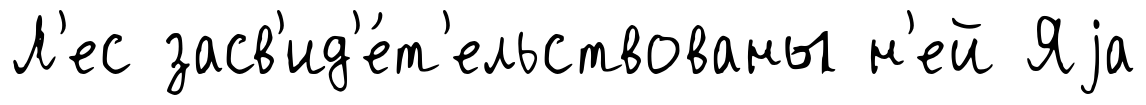
Л'ес засв'ид'е́т'ельствованы н'ей Яjа